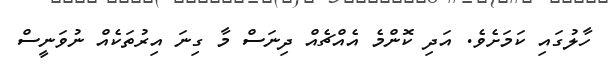
ހާލުގައި ކަމަށެވެ. އަދި ކޮންމެ އެއްޗެއް ދިނަސް މާ ގިނަ އިރުތަކެއް ނުވަނީސް